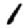
Digit: 1